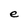
Character: e